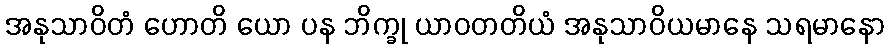
အနုသာဝိတံ ဟောတိ ယော ပန ဘိက္ခု ယာဝတတိယံ အနုသာဝိယမာနေ သရမာနော